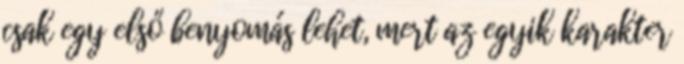
csak egy első benyomás lehet, mert az egyik karakter